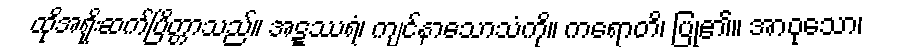
ထိုအရိုးဆက်ပြိတ္တာသည်။ အဋ္ဋဿရံ၊ ကျင်နာသောသံကို။ ကရောတိ၊ ပြု၏။ အာဝုသော၊